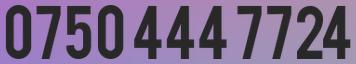
0750 444 7724